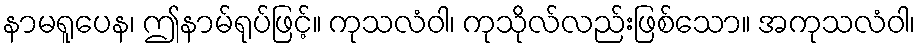
နာမရူပေန၊ ဤနာမ်ရုပ်ဖြင့်။ ကုသလံဝါ၊ ကုသိုလ်လည်းဖြစ်သော။ အကုသလံဝါ၊